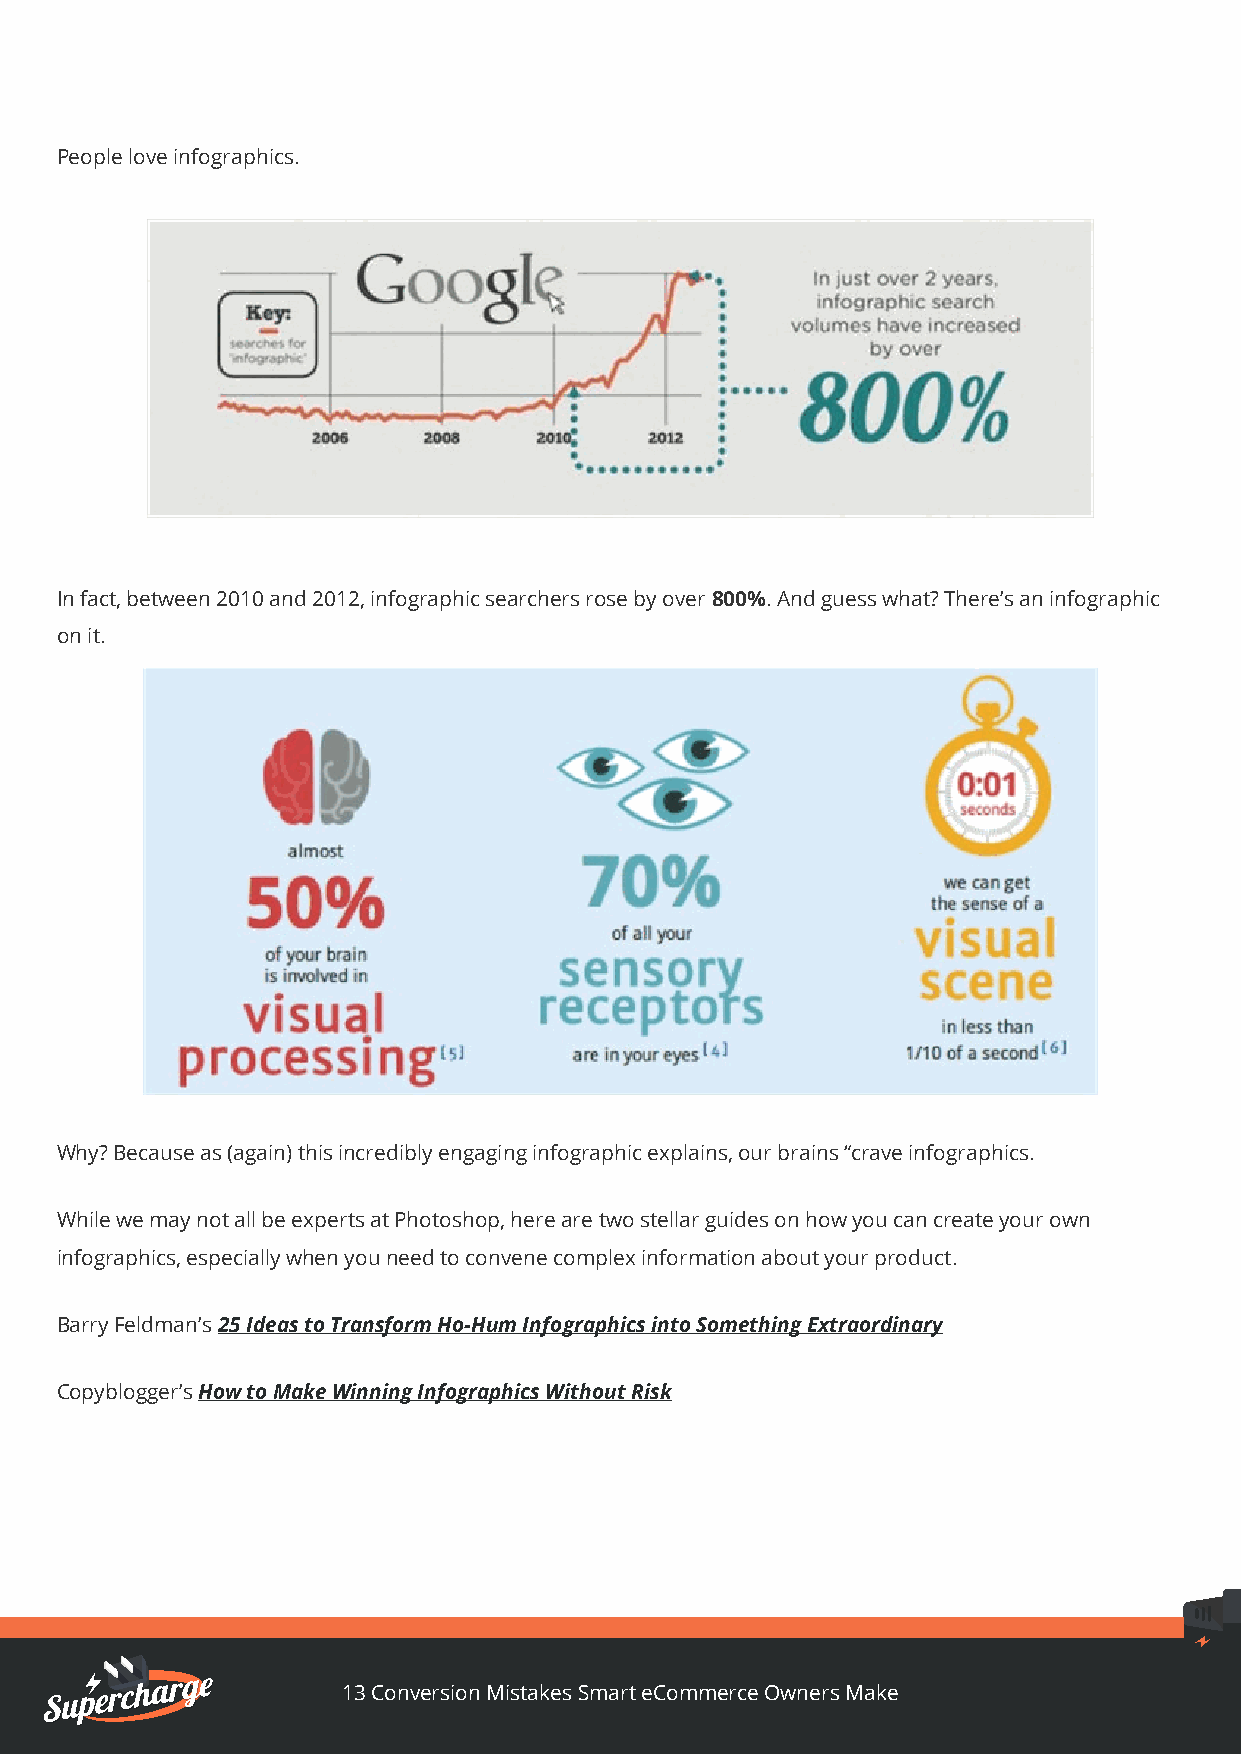
People love infographics.
 In fact, between 2010 and 2012, infographic searchers rose by over 800%. And guess what? There’s an infographic
 on it.
 Why? Because as (again) this incredibly engaging infographic explains, our brains “crave infographics.
 While we may not all be experts at Photoshop, here are two stellar guides on how you can create your own
 infographics, especially when you need to convene complex information about your product.
 Barry Feldman’s 25 Ideas to Transform Ho-Hum Infographics into Something Extraordinary
 Copyblogger’s How to Make Winning Infographics Without Risk
 13 Conversion Mistakes Smart eCommerce Owners Make